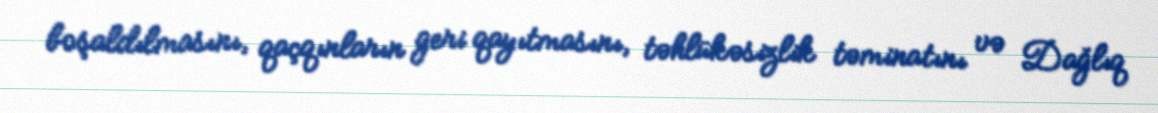
boşaldılmasını, qaçqınların geri qayıtmasını, təhlükəsizlik təminatını və Dağlıq